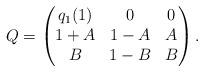
LaTeX: \begin{align*}Q=\begin{pmatrix}q_1(1)&0&0\\1+A&1-A&A\\B&1-B&B\end{pmatrix}.\end{align*}